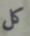
كل